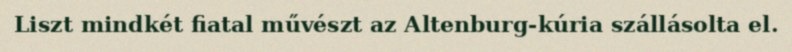
Liszt mindkét fiatal művészt az Altenburg-kúria szállásolta el.